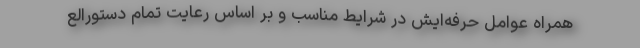
همراه عوامل حرفه‌ایش در شرایط مناسب و بر اساس رعایت تمام دستورالع